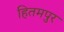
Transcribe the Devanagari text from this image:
हितमपुर